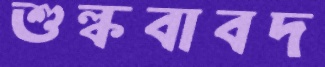
শুল্কবাবদ